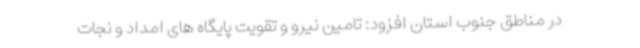
در مناطق جنوب استان افزود: تامین نیرو و تقویت پایگاه های امداد و نجات